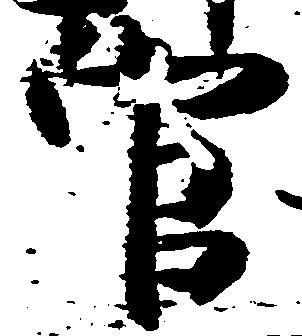
官